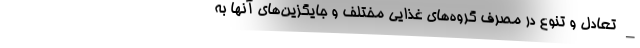
_ تعادل و تنوع در مصرف گروه‌های غذایی مختلف و جایگزین‌های آنها به